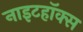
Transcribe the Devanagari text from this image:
नाइटहॉक्स